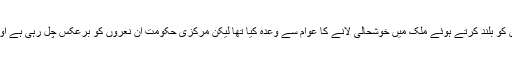
ہندوستان کے وزیراعظم نریندر مودی نے سب کی ترقی کا ساتھ ‘ امن اور انصاف اور اچھے دن جیسے نعروں کو بلند کرتے ہوئے ملک میں خوشحالی لانے کا عوام سے وعدہ کیا تھا لیکن مرکزی حکومت ان نعروں کو برعکس چل رہی ہے اور ملک میں فرقہ واریت کو کھلی چھوٹ دے رکھی ہے جس کی وجہ سے ملک کا سیکولرازم خطرہ میں ہے ۔